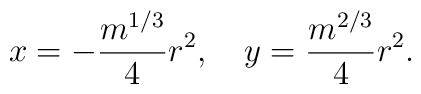
x = - {m^{1/3} \over 4} r^2, \quad y = {m^{2/3} \over 4} r^2.